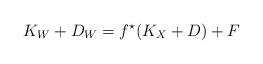
LaTeX: \begin{align*}K_W + D_W=f^\star (K_X+D)+ F\end{align*}